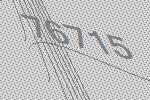
76715